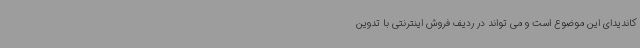
کاندیدای این موضوع است و می تواند در ردیف فروش اینترنتی با تدوین